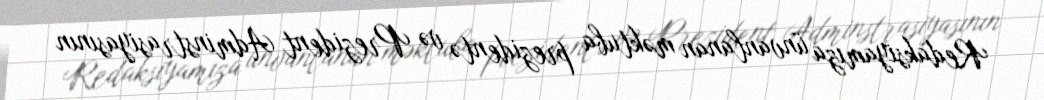
Redaksiyamıza ünvanlanan məktuba prezidentə və Prezident Adminstrasiyasının